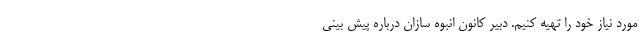
مورد نیاز خود را تهیه کنیم. دبیر کانون انبوه سازان درباره پیش بینی